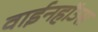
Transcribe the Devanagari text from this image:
वाईनहॉउस